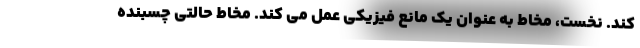
کند. نخست، مخاط به عنوان یک مانع فیزیکی عمل می کند. مخاط حالتی چسبنده